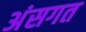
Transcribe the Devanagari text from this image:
अंसगत